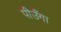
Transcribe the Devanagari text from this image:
पीउँगा